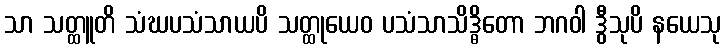
သာ သတ္ထူတိ သံဃပသံသာယပိ သတ္ထုယေဝ ပသံသာသိဒ္ဓိတော ဘဂဝါ ဒွီသုပိ နယေသု